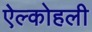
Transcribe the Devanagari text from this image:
ऐल्कोहली